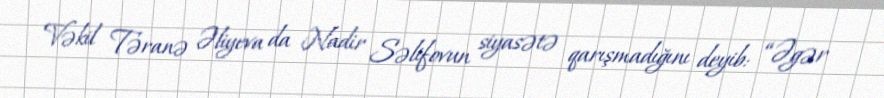
Vəkil Təranə Əliyeva da Nadir Səlifovun siyasətə qarışmadığını deyib: “Əgər